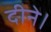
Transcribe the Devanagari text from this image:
दीने।